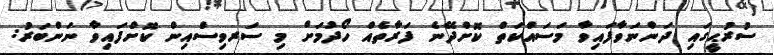
ސުރުޙީގައި ދަންނަވާފައިވާ މަސައްކަތް ކޮށްދޭނެ ފަރާތެއް ހޯދުމަށް މި ސަރވިސްއިން ކޮށްފައިވާ ނަންބަރު: